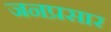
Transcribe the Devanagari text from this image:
जनप्रसार